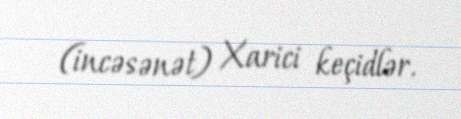
(incəsənət) Xarici keçidlər.